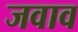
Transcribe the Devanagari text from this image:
जवाव